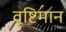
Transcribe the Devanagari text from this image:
वृष्टिमान